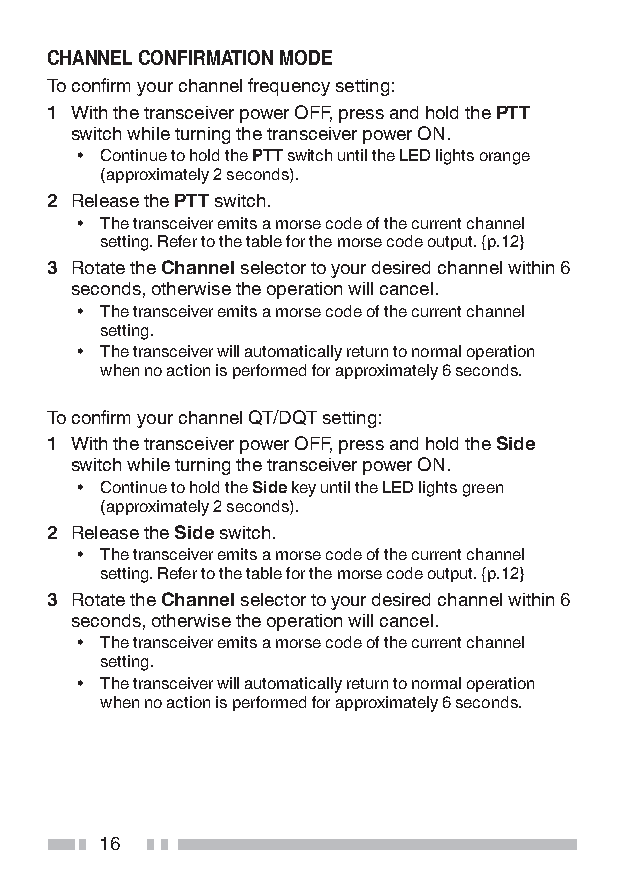
CHANNEL CONFIRMATION MODE
 To confirm your channel frequency setting:
 1 With the transceiver power OFF, press and hold the PTT
 switch while turning the transceiver power ON.
 • Continue to hold the PTT switch until the LED lights orange
 (approximately 2 seconds).
 2 Release the PTT switch.
 • The transceiver emits a morse code of the current channel
 setting. Refer to the table for the morse code output. {p.12}
 3 Rotate the Channel selector to your desired channel within 6
 seconds, otherwise the operation will cancel.
 • The transceiver emits a morse code of the current channel
 setting.
 • The transceiver will automatically return to normal operation
 when no action is performed for approximately 6 seconds.
 To confirm your channel QT/DQT setting:
 1 With the transceiver power OFF, press and hold the Side
 switch while turning the transceiver power ON.
 • Continue to hold the Side key until the LED lights green
 (approximately 2 seconds).
 2 Release the Side switch.
 • The transceiver emits a morse code of the current channel
 setting. Refer to the table for the morse code output. {p.12}
 3 Rotate the Channel selector to your desired channel within 6
 seconds, otherwise the operation will cancel.
 • The transceiver emits a morse code of the current channel
 setting.
 • The transceiver will automatically return to normal operation
 when no action is performed for approximately 6 seconds.
 16